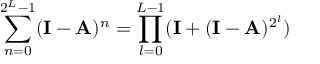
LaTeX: \sum _ { n = 0 } ^ { 2 ^ { L } - 1 } ( \mathbf { I } - \mathbf { A } ) ^ { n } = \prod _ { l = 0 } ^ { L - 1 } ( \mathbf { I } + ( \mathbf { I } - \mathbf { A } ) ^ { 2 ^ { l } } )